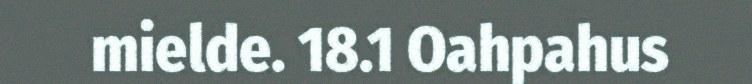
mielde. 18.1 Oahpahus